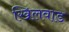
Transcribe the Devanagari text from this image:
खिलवाड